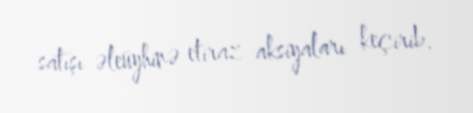
satışı əleüyhinə etiraz aksiyaları keçirib.